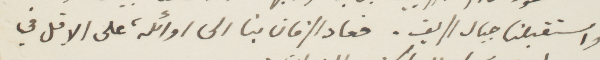
واستقبلنا جبال الريف. فعاد الزمان بنا الى اوائله على الاقل في